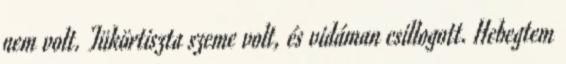
nem volt. Tükörtiszta szeme volt, és vidáman csillogott. Hebegtem